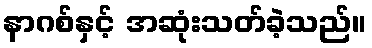
နာဂစ်နှင့် အဆုံးသတ်ခဲ့သည်။